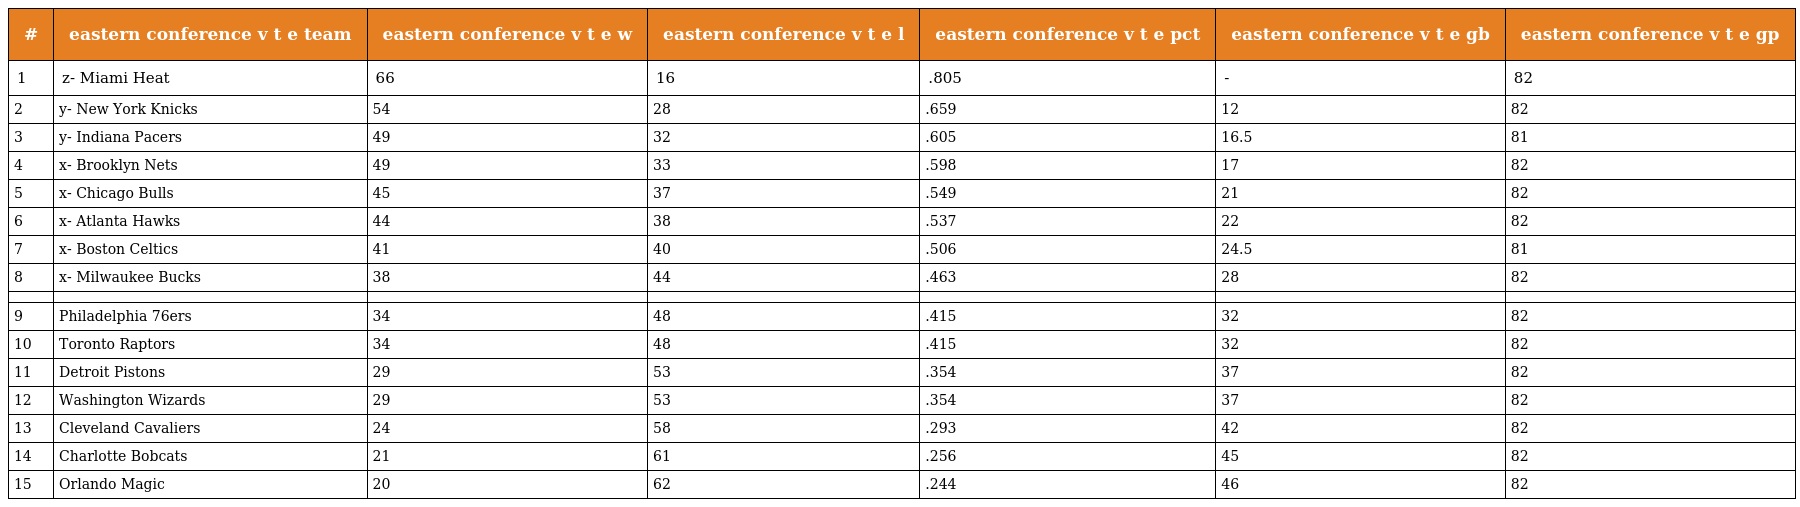
| # | eastern conference v t e team | eastern conference v t e w | eastern conference v t e l | eastern conference v t e pct | eastern conference v t e gb | eastern conference v t e gp |
 | --- | --- | --- | --- | --- | --- | --- |
 | 1 | z- Miami Heat | 66 | 16 | .805 | - | 82 |
 | 2 | y- New York Knicks | 54 | 28 | .659 | 12 | 82 |
 | 3 | y- Indiana Pacers | 49 | 32 | .605 | 16.5 | 81 |
 | 4 | x- Brooklyn Nets | 49 | 33 | .598 | 17 | 82 |
 | 5 | x- Chicago Bulls | 45 | 37 | .549 | 21 | 82 |
 | 6 | x- Atlanta Hawks | 44 | 38 | .537 | 22 | 82 |
 | 7 | x- Boston Celtics | 41 | 40 | .506 | 24.5 | 81 |
 | 8 | x- Milwaukee Bucks | 38 | 44 | .463 | 28 | 82 |
 |  |  |  |  |  |  |  |
 | 9 | Philadelphia 76ers | 34 | 48 | .415 | 32 | 82 |
 | 10 | Toronto Raptors | 34 | 48 | .415 | 32 | 82 |
 | 11 | Detroit Pistons | 29 | 53 | .354 | 37 | 82 |
 | 12 | Washington Wizards | 29 | 53 | .354 | 37 | 82 |
 | 13 | Cleveland Cavaliers | 24 | 58 | .293 | 42 | 82 |
 | 14 | Charlotte Bobcats | 21 | 61 | .256 | 45 | 82 |
 | 15 | Orlando Magic | 20 | 62 | .244 | 46 | 82 |